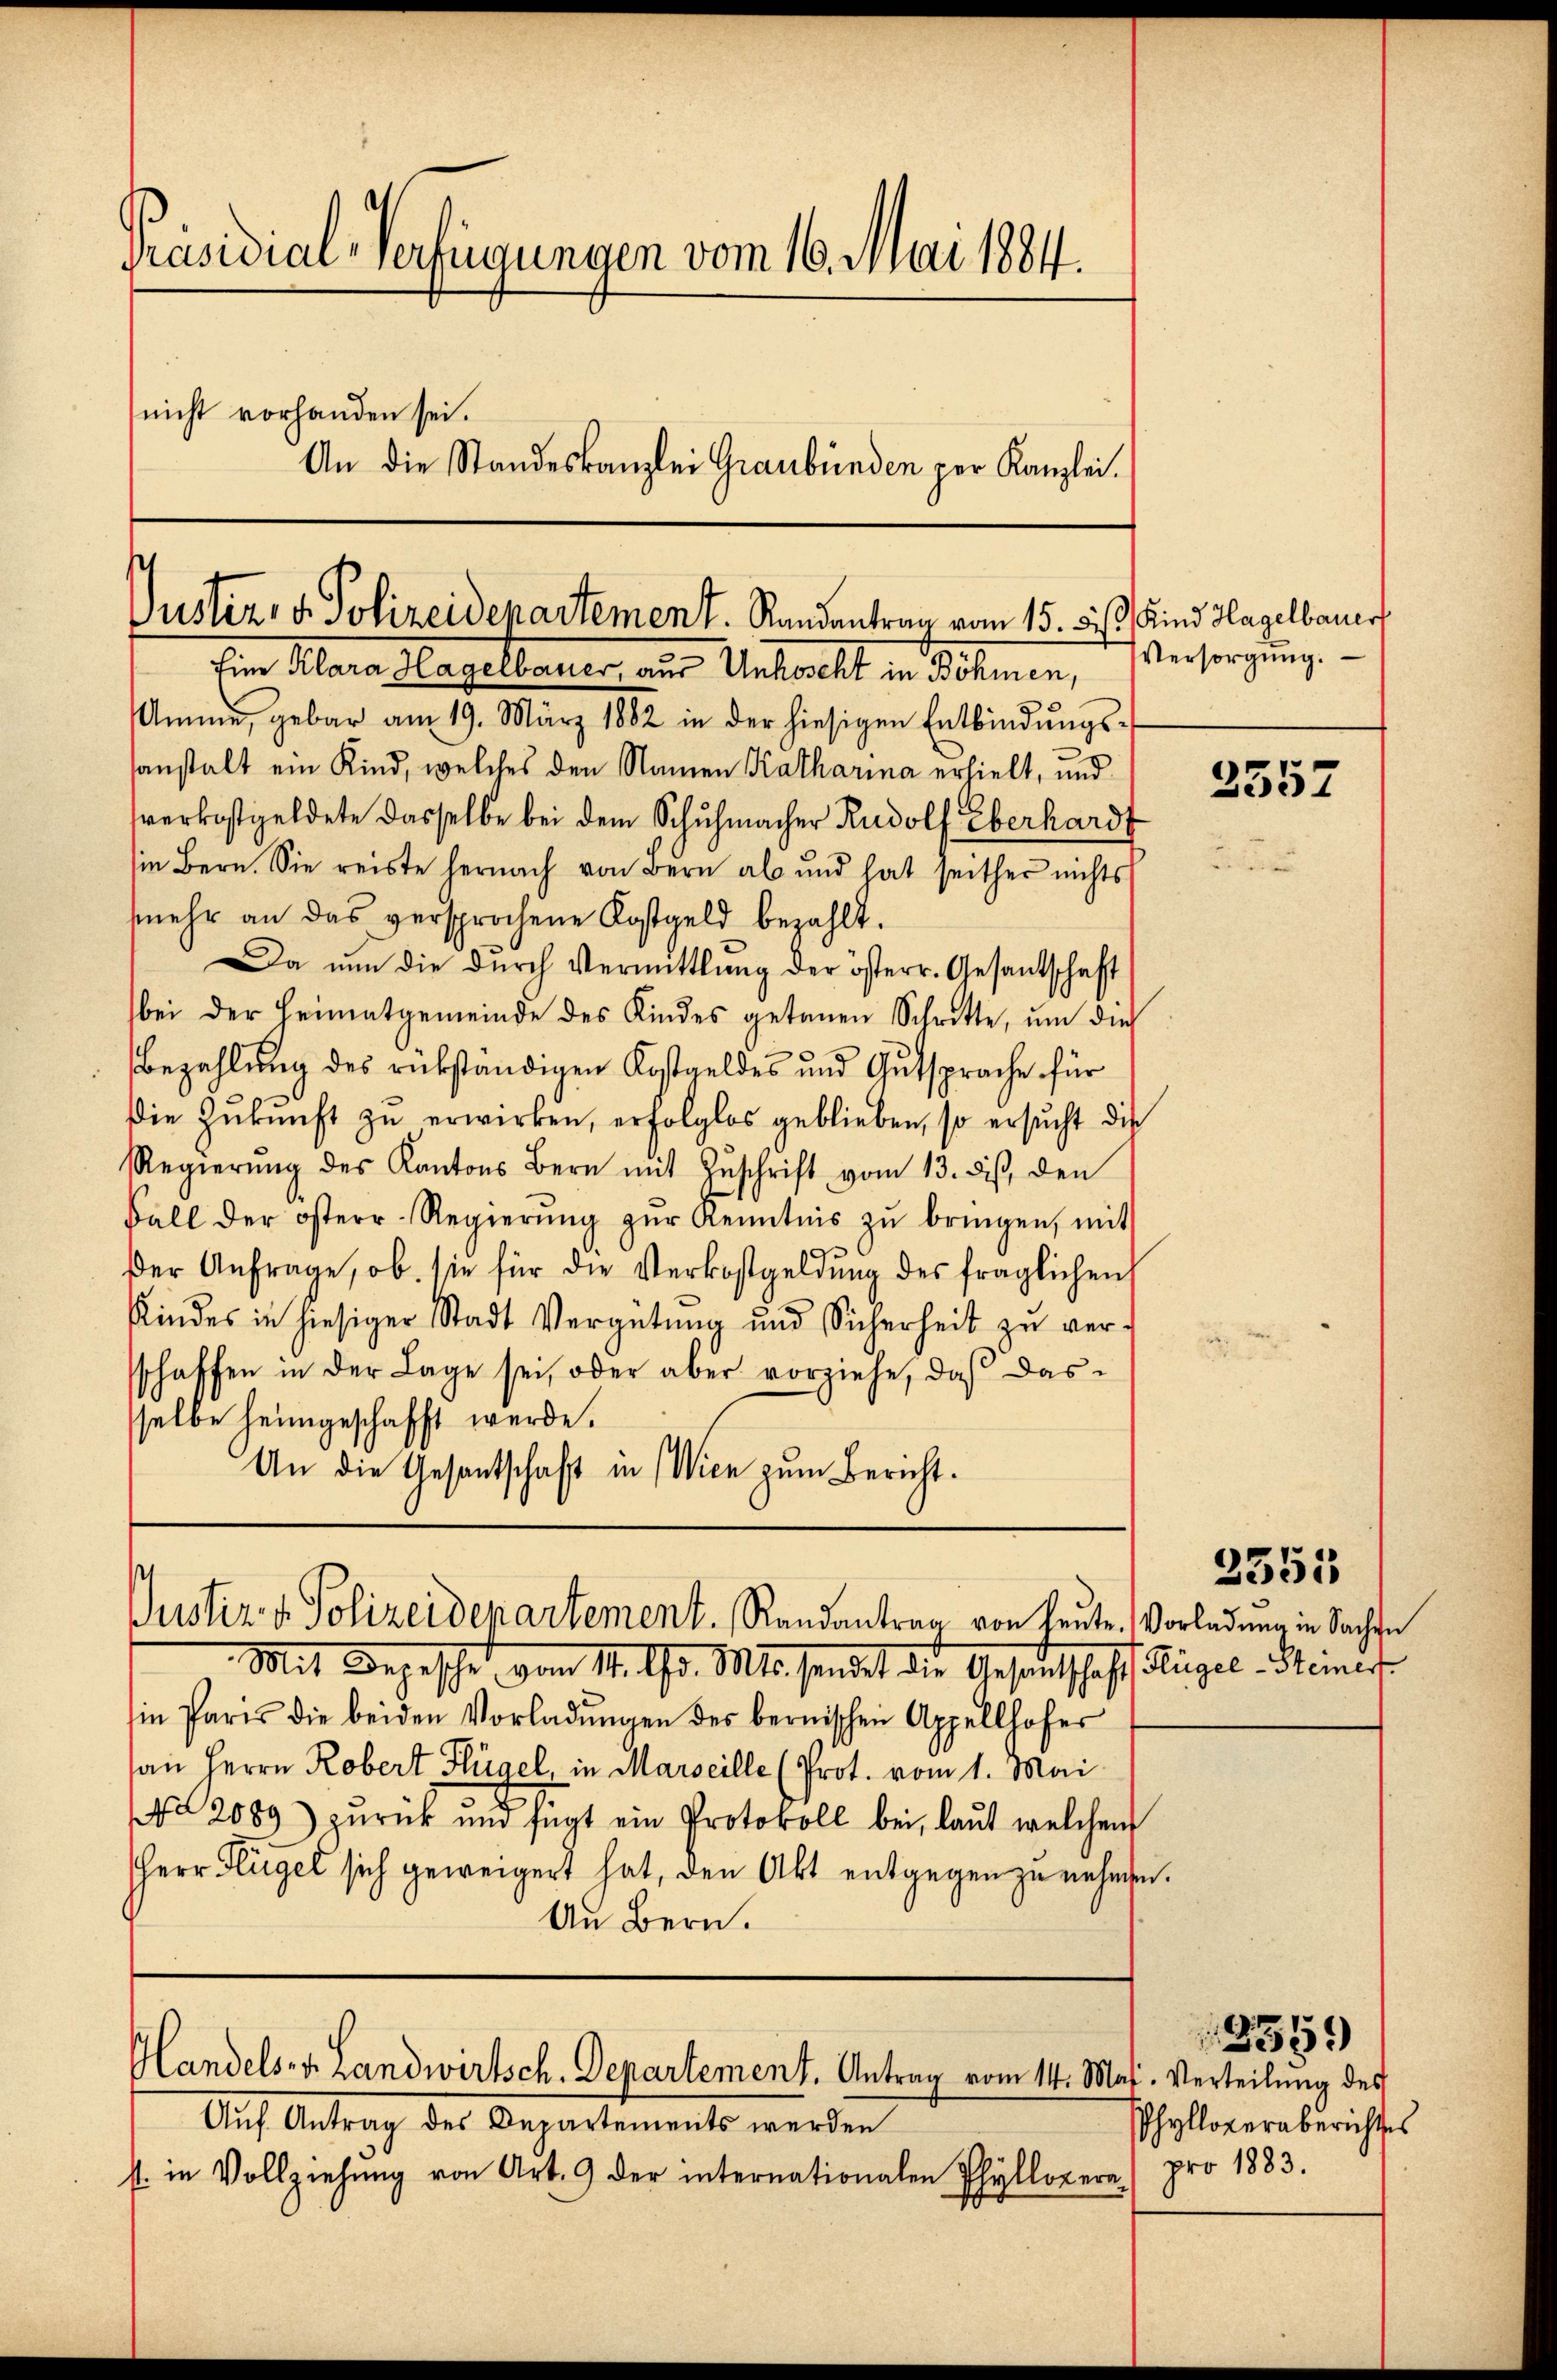
Präsidial-Verfügungen vom 16. Mai 1884.
nicht vorhanden sei.
An die Standeskanzlei Graubünden per Kanzlei.

Justiz- u. Polizeidenartement. Randantrag vom 15. bis Kind Hagelbauer,

Justiz- & Polizeidepartement. Randantrag von heute. Vorladung in Sachen

Auf Antrag des Departements werden
st. in Vollziehŭng von Art. 9 der internationalen Phyllopera pro 1883.

Handels- u. Landwirtsch. Departement. Antrag vom 14. Maj. Verteilung des

Ein Klara Hagelbauer aus Unkocht in Böhmen, Versorgung.
Amme, gebar am 19. März 1882 in der hiesigen Entbindŭngs-
sanstalt ein Kind, welches den Namen Katharina erhielt, und
verkostgeldete dasselbe bei dem Schuhmacher Rudolf Eberhardt
sie Bern. Sie reiste hernach von Bern als und hat seither nichts
mehr an das versprochene Kostgeld bezahlt.
Da ŭm die dŭrch Vermittlung der österr. Gesantschaft
bei der Heimatgemeinde des Kindes getanen Schritte, um die
Bezahlung des rükständigen Kostgeldes und Gutsprache für
die Zŭkŭnft zŭ erwirken, erfolglos geblieben, so ersŭcht die
Regierŭng des Kantons Bern mit Zŭschrift vom 13. diβ, den
Fall der öster-Regierŭng zŭr Kenntnis zŭ bringen, mit
Der Anfrage, ob sie für die Verkostgeldŭng des fraglichen
Kindes in hiesiger Stadt Vergütung und Sicherheit zu verschaffen in der Lage sei, oder aber vorziehe, daβ das-
selbe heimgeschafft werde.
An die Gesantschaft in Wien zum Bericht.

Mit Begesche vom 11. Uhr. Mts sendet die Gesandschaff, Tage Meiner
in Paris die beiden Vorladŭngen des bernischen Appellhofer
an Herrn Robert Flügel, in Marseille (Prot. vom 1. Mai
 2089) zurück und fügt ein Protokoll bei, laut welchen
Herr Flügel sich geweigert hat, den Akt entgegen zu nehmen.
An Bern.

2557

2551

9559
Phylloveraberichtes